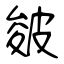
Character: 皴